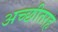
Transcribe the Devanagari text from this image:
अच्छीतरह